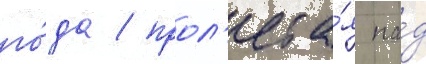
го́да / прол'ета́я на́д